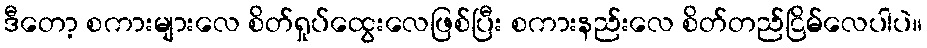
ဒီတော့ စကားများလေ စိတ်ရှုပ်ထွေးလေဖြစ်ပြီး စကားနည်းလေ စိတ်တည်ငြိမ်လေပါပဲ။